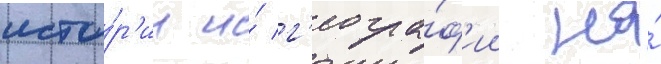
исто́р'ии и́ г'еогра́ф'ии на́